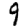
Digit: 9